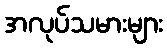
အလုပ်သမားများ